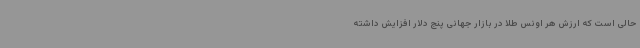
حالی است که ارزش هر اونس طلا در بازار جهانی پنج دلار افزایش داشته